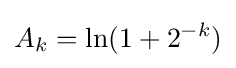
A_{k}=\ln(1+2^{-k})